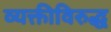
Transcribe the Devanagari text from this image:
व्यक्तीविरुद्ध